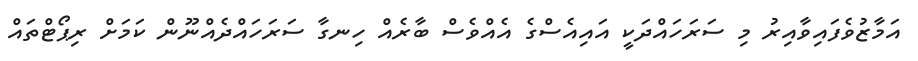
އަމާޒުވެފައިވާއިރު މި ސަރަހައްދަކީ އައިއެސްގެ އެއްވެސް ބާރެއް ހިނގާ ސަރަހައްދެއްނޫން ކަމަށް ރިޕޯޓްތައް